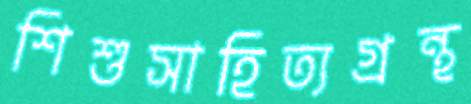
শিশুসাহিত্যগ্রন্থ